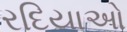
રદિયાઓ